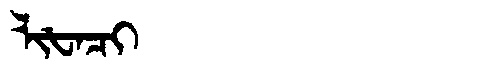
Manchu: ᠯᡳᡶᠠᠴᡳ
Romanization: LIFACI